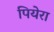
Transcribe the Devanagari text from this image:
पियेरा